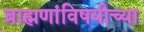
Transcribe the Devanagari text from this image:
ब्राह्मणांविषयीच्या